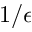
1 / \epsilon